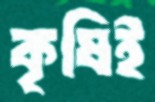
কৃষিই